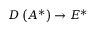
D \left( A ^ { * } \right) \to E ^ { * }